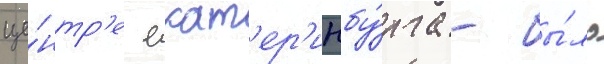
це́нтр'е екат'ер'инбу́рга - бы́ло